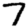
Digit: 7